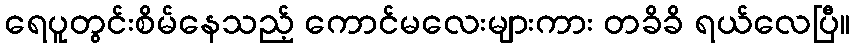
ရေပူတွင်းစိမ်နေသည့် ကောင်မလေးများကား တခိခိ ရယ်လေပြီ။